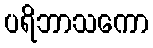
ပရိဘာသကော